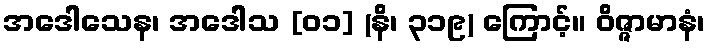
အဒေါသေန၊ အဒေါသ [၀၁] (နိ၊ ၃၁၉) ကြောင့်။ ဝိဇ္ဇာမာနံ၊